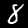
Label: 8